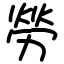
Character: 勞